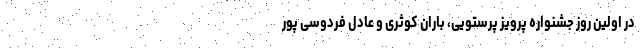
در اولین روز جشنواره پرویز پرستویی، باران کوثری و عادل فردوسی پور